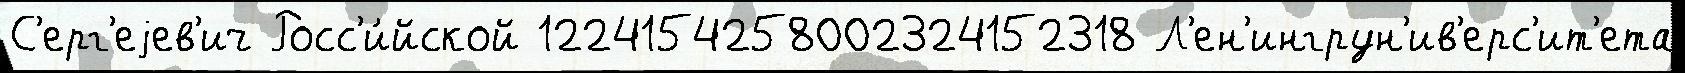
С'ерг'еjев'ич Росс'и́йской 1224154258002324152318 Л'ен'ингрун'ив'ерс'ит'ета